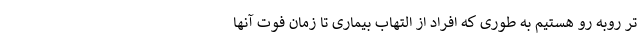
تر روبه رو هستیم به طوری که افراد از التهاب بیماری تا زمان فوت آنها